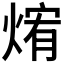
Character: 𰟃